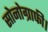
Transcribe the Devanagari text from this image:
सोनोग्राफी।